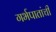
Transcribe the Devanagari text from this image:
गर्भपातांची